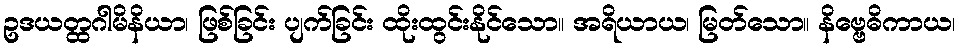
ဥဒယတ္ထဂါမိနိယာ၊ ဖြစ်ခြင်း ပျက်ခြင်း ထိုးထွင်းနိုင်သော။ အရိယာယ၊ မြတ်သော။ နိဗ္ဗေဓိကာယ၊